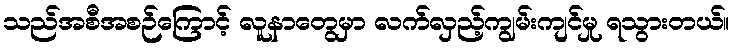
သည်အစီအစဉ်ကြောင့် လူနာတွေမှာ လက်လှည့်ကျွမ်းကျင်မှု ရသွားတယ်။